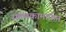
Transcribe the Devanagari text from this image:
संगणकामार्फत